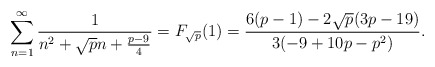
\begin{align*}\sum_{n=1}^{\infty}\frac{1}{n^2+\sqrt {p} n+\frac {p-9}{4}}=F_{\sqrt {p}}(1)=\frac{6 (p - 1) - 2 \sqrt{p} (3 p - 19)}{3 (-9 + 10 p - p^2)}.\end{align*}